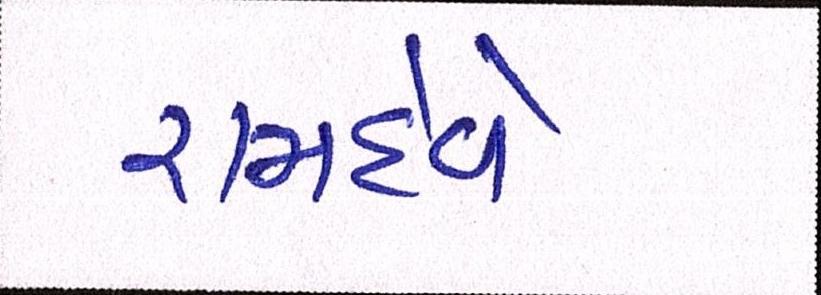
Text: રામદેવે